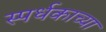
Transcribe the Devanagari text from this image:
स्पर्धकाच्या